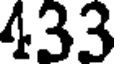
433